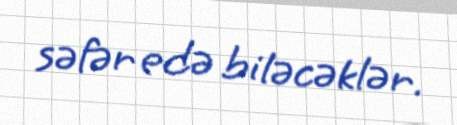
səfər edə biləcəklər.